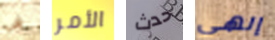
في الأمر حدث إلهي